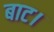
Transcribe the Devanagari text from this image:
बाट।